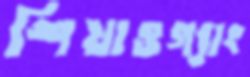
শিয়াওগ্যাং